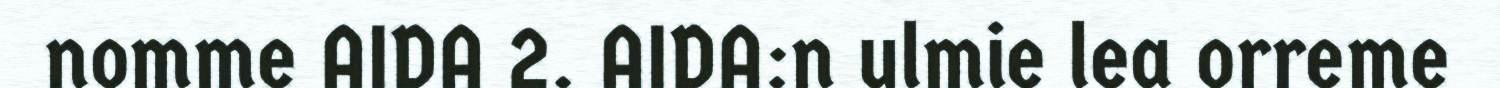
nomme AIDA 2. AIDA:n ulmie lea orreme